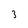
Character: 3